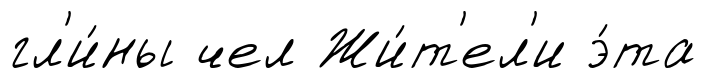
гл'и́ны чел Жи́т'ел'и э́та